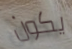
يكون